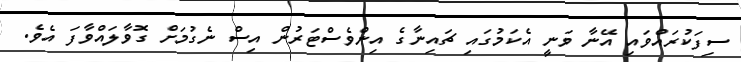
ސިފަކުރައްވައި އޭނާ ވަނީ އެކަމުގައި ޗައިނާގެ އިންވެސްޓަރުން އިސް ނެގުމަށް ގޮވާލައްވާފަ އެވެ.